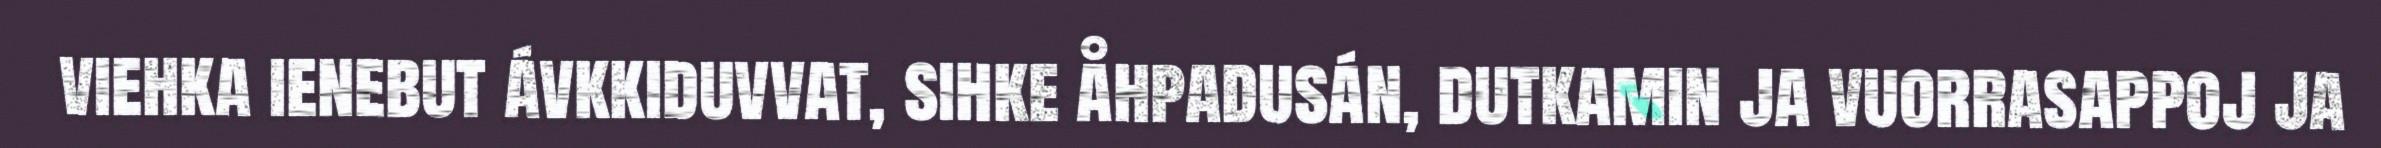
viehka ienebut ávkkiduvvat, sihke åhpadusán, dutkamin ja vuorrasappoj ja